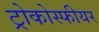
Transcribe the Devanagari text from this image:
ट्रोकोस्फीयर